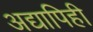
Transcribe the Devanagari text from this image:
अद्यापिही